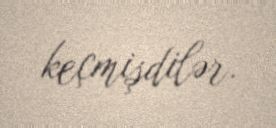
keçmişdilər.